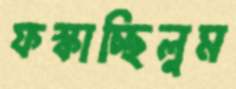
ফস্‌কাচ্ছিলুম